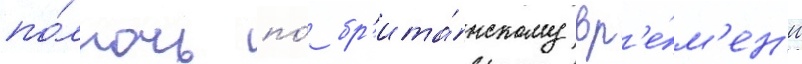
по́лночь по́ бр'ита́нскому вр'е́м'ен'и